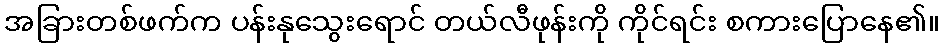
အခြားတစ်ဖက်က ပန်းနုသွေးရောင် တယ်လီဖုန်းကို ကိုင်ရင်း စကားပြောနေ၏။